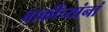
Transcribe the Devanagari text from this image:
बाकींच्यांनां